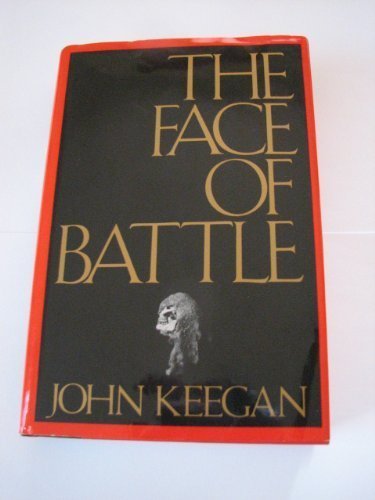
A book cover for The Face of Battle; John Keegan; Engineering & Transportation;